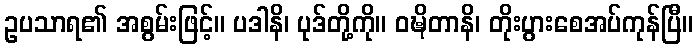
ဥပသာရ၏ အစွမ်းဖြင့်။ ပဒါနိ၊ ပုဒ်တို့ကို။ ဝဍ္ဎိတာနိ၊ တိုးပွားစေအပ်ကုန်ပြီ။